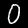
Label: 0